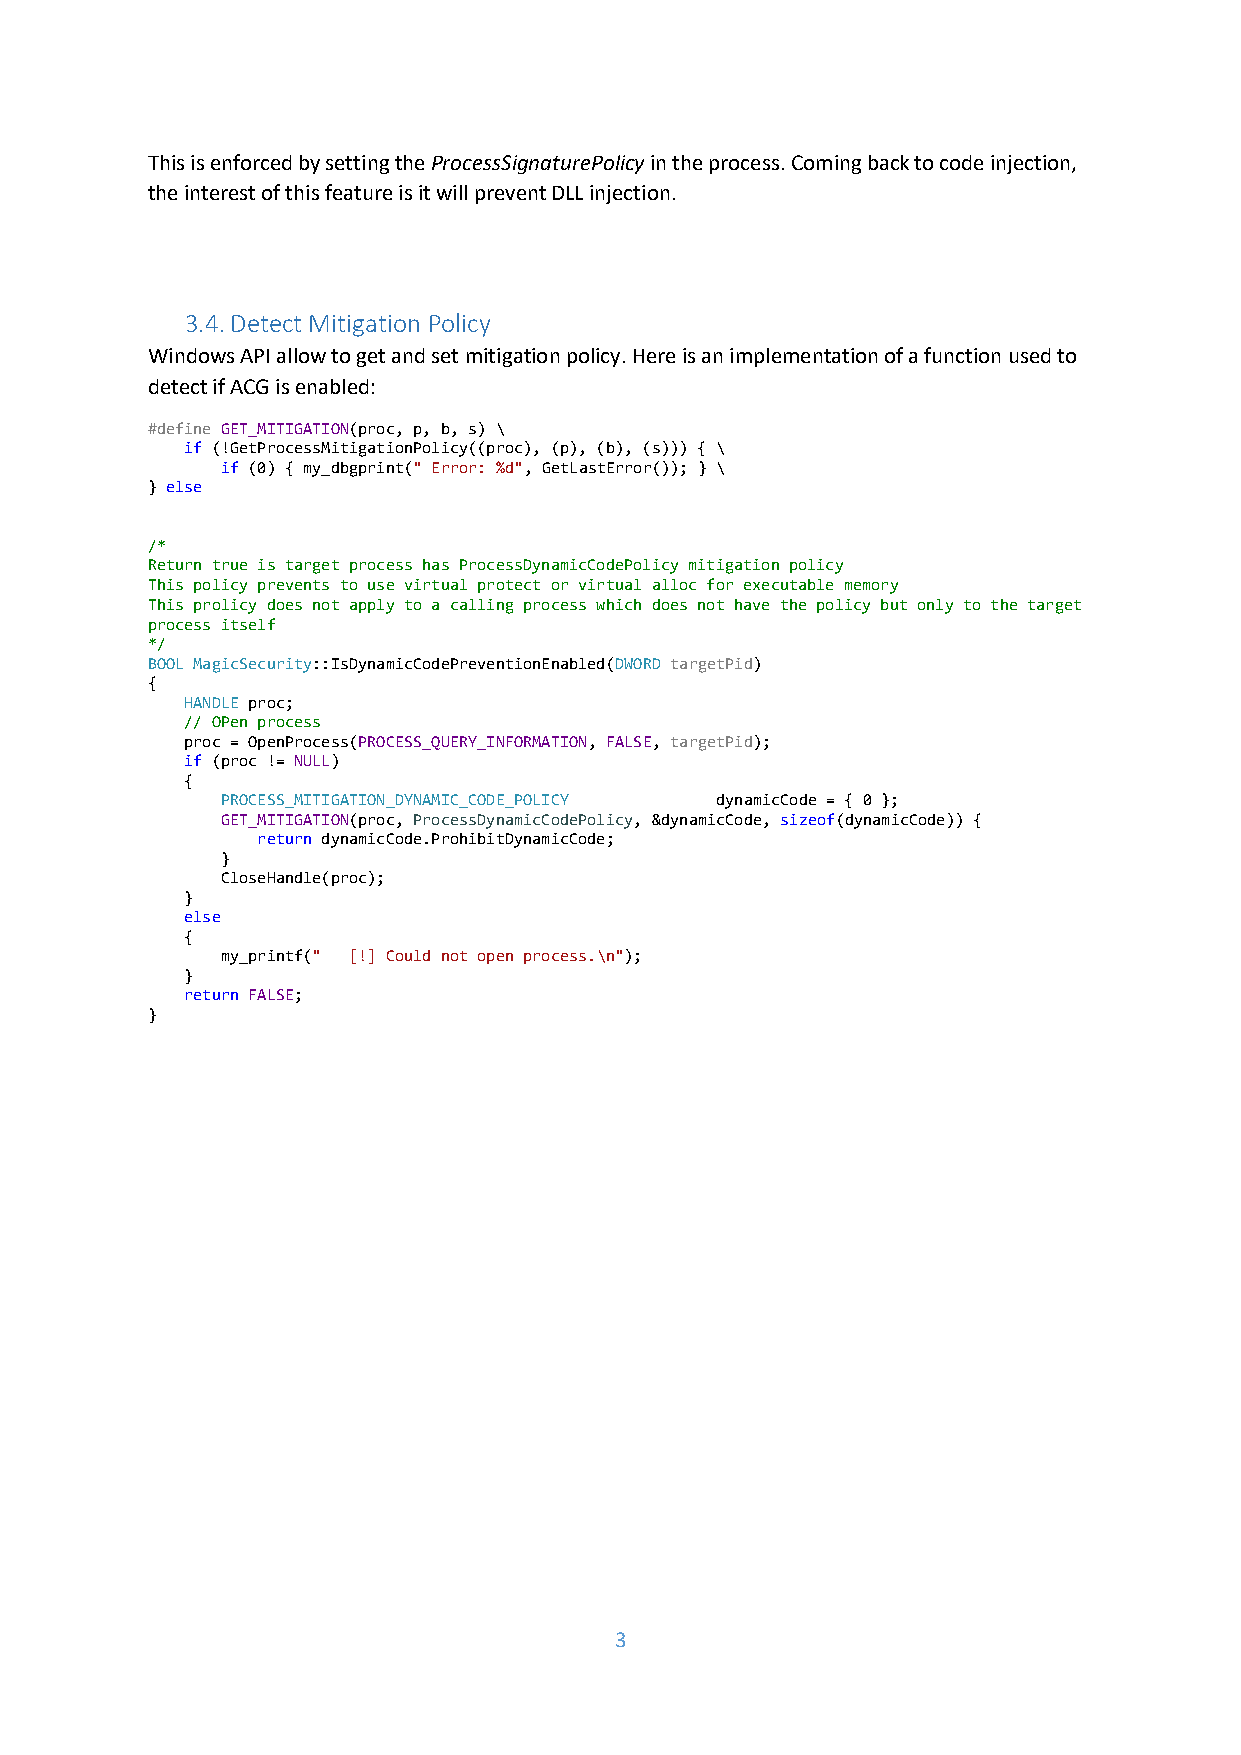
This is enforced by setting the ProcessSignaturePolicy in the process. Coming back to code injection,
 the interest of this feature is it will prevent DLL injection.
 3.4. Detect Mitigation Policy
 Windows API allow to get and set mitigation policy. Here is an implementation of a function used to
 detect if ACG is enabled:
 #define GET_MITIGATION(proc, p, b, s) \
 if (!GetProcessMitigationPolicy((proc), (p), (b), (s))) { \
 if (0) { my_dbgprint(" Error: %d", GetLastError()); } \
 } else
 /*
 Return true is target process has ProcessDynamicCodePolicy mitigation policy
 This policy prevents to use virtual protect or virtual alloc for executable memory
 This prolicy does not apply to a calling process which does not have the policy but only to the target
 process itself
 */
 BOOL MagicSecurity::IsDynamicCodePreventionEnabled(DWORD targetPid)
 {
 HANDLE proc;
 // OPen process
 proc = OpenProcess(PROCESS_QUERY_INFORMATION, FALSE, targetPid);
 if (proc != NULL)
 {
 PROCESS_MITIGATION_DYNAMIC_CODE_POLICY dynamicCode = { 0 };
 GET_MITIGATION(proc, ProcessDynamicCodePolicy, &dynamicCode, sizeof(dynamicCode)) {
 return dynamicCode.ProhibitDynamicCode;
 }
 CloseHandle(proc);
 }
 else
 {
 my_printf(" [!] Could not open process.\n");
 }
 return FALSE;
 }
 3